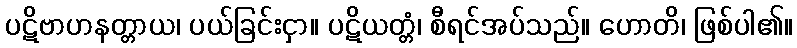
ပဋိဗာဟနတ္တာယ၊ ပယ်ခြင်းငှာ။ ပဋိယတ္တံ၊ စီရင်အပ်သည်။ ဟောတိ၊ ဖြစ်ပါ၏။